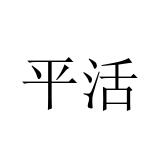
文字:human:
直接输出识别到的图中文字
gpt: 平活